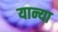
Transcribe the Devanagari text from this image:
यान्या